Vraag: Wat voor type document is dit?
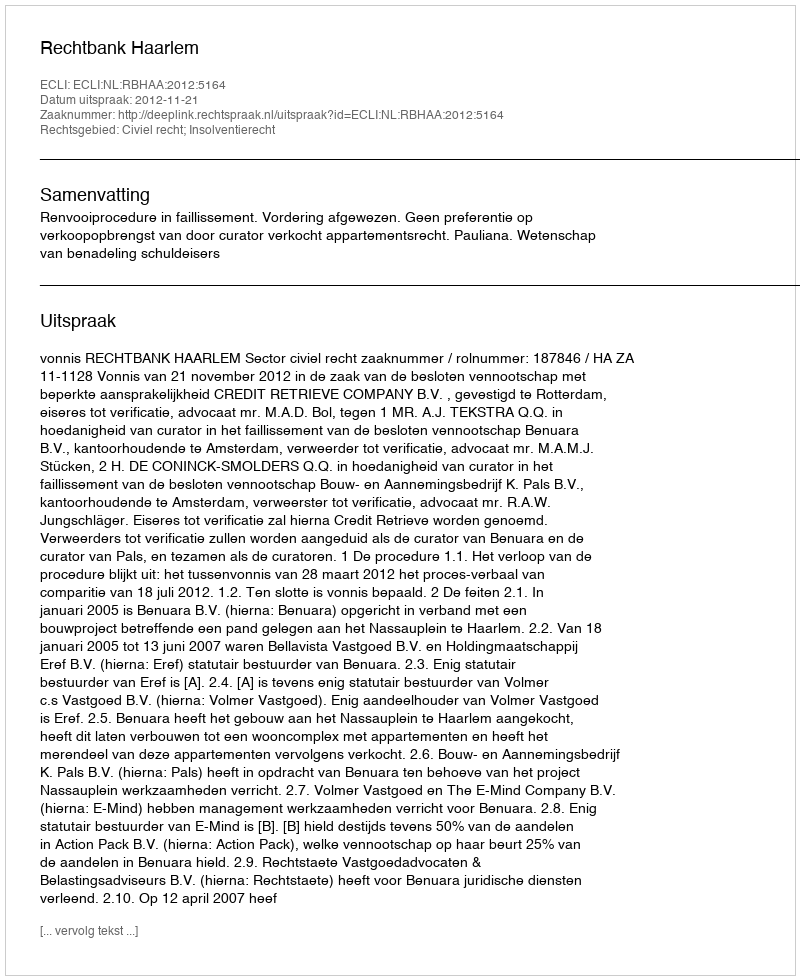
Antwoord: Uitspraak